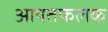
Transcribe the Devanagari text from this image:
आयतफलक